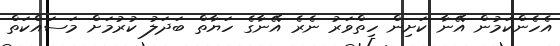
އެހެންކަމުން އޭނާ ކަށިން ހިތްވަރު ނެރެ އޭނާގެ ހަޔާތް ބަދަލު ކުރުމަށް މަސައްކަތް